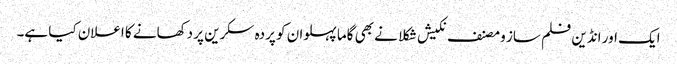
ایک اور انڈین فلم ساز و مصنف نکیش شکلا نے بھی گاما پہلوان کو پردہ سکرین پر دکھانے کا اعلان کیا ہے۔